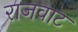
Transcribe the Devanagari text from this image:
राजवाट